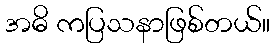
အဓိ ကပြသနာဖြစ်တယ်။